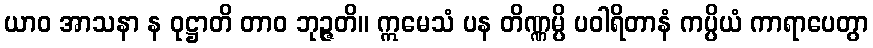
ယာဝ အာသနာ န ဝုဋ္ဌာတိ တာဝ ဘုဉ္ဇတိ။ ဣမေသံ ပန တိဏ္ဏမ္ပိ ပဝါရိတာနံ ကပ္ပိယံ ကာရာပေတွာ